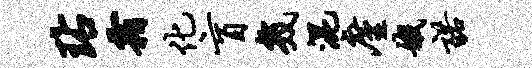
玷霜化盲几混廑娥诺